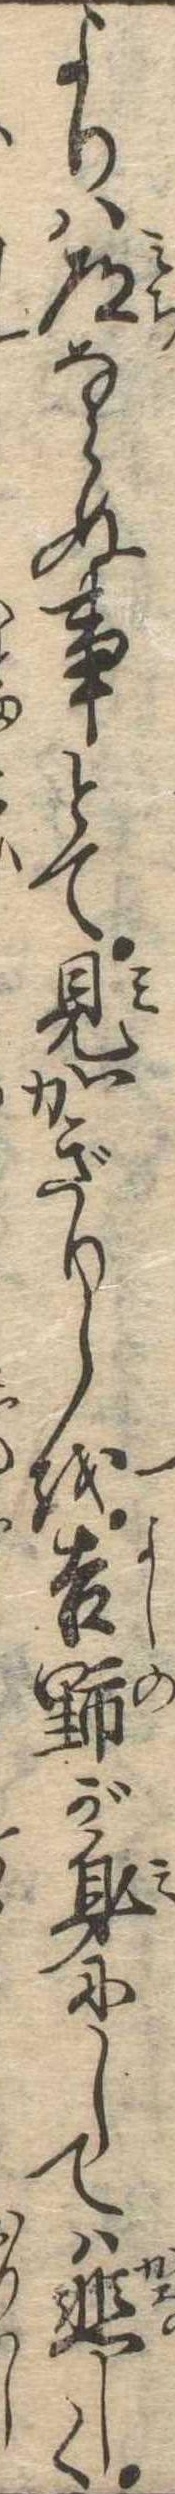
よりは道ならぬ事とて見かぎりしを吉野が身にしては悲しく